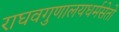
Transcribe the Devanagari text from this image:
राघवगुणालयधर्मसेतो